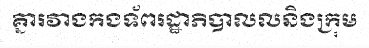
គ្នារវាងកងទ័ពរដ្ឋាភិបាលលនិងក្រុម